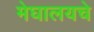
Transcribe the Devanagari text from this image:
मेघालयचे